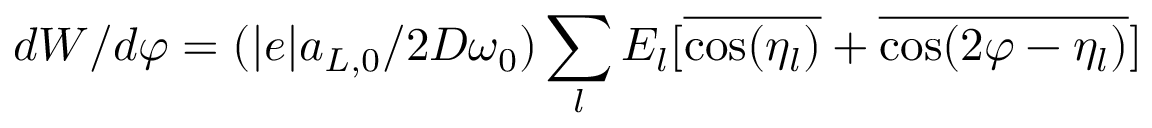
d W / d \varphi = ( | e | a _ { L , 0 } / 2 D \omega _ { 0 } ) \sum _ { l } { E _ { l } [ \overline { { \cos ( \eta _ { l } ) } } + \overline { { \cos ( 2 \varphi - \eta _ { l } ) } } ] }